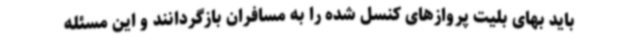
باید بهای بلیت پروازهای کنسل شده را به مسافران بازگردانند و این مسئله